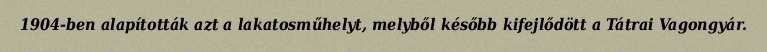
1904-ben alapították azt a lakatosműhelyt, melyből később kifejlődött a Tátrai Vagongyár.